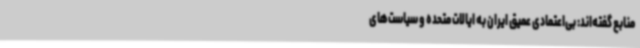
منابع گفته‌اند: بی‌اعتمادی عمیق ایران به ایالات متحده و سیاست‌های